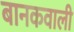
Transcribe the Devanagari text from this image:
बानकवाली